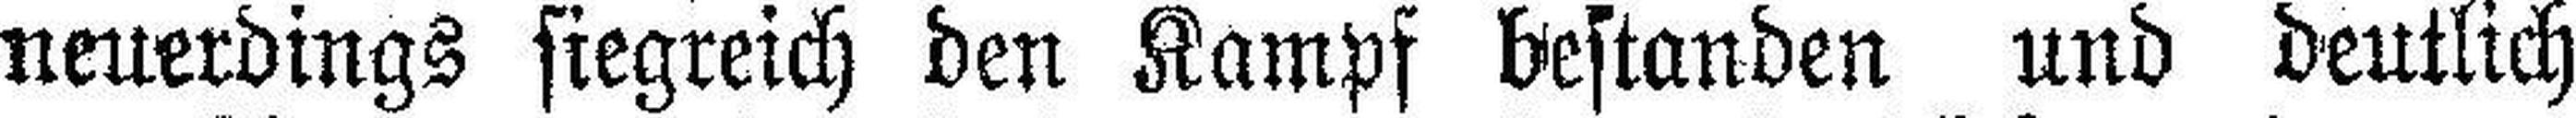
neuerdings siegreich den Kampf bestanden und deutlich